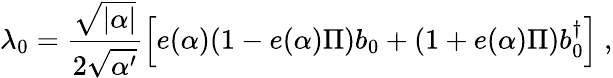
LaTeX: \lambda_{0}=\frac{\sqrt{|\alpha|}}{2\sqrt{\alpha^{\prime}}}\left[e(\alpha)(1-e(\alpha)\Pi)b_{0}+(1+e(\alpha)\Pi)b_{0}^{\dagger}\right]~,